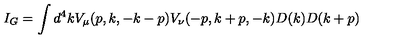
I _ { G } = \int d ^ { 4 } k V _ { \mu } ( p , k , - k - p ) V _ { \nu } ( - p , k + p , - k ) D ( k ) D ( k + p )